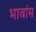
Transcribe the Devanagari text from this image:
भावांस